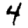
Digit: 4